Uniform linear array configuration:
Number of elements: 12
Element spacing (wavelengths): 0.75
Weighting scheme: hann
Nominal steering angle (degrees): -15
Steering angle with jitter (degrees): -14.414
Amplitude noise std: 0.05
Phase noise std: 0.05

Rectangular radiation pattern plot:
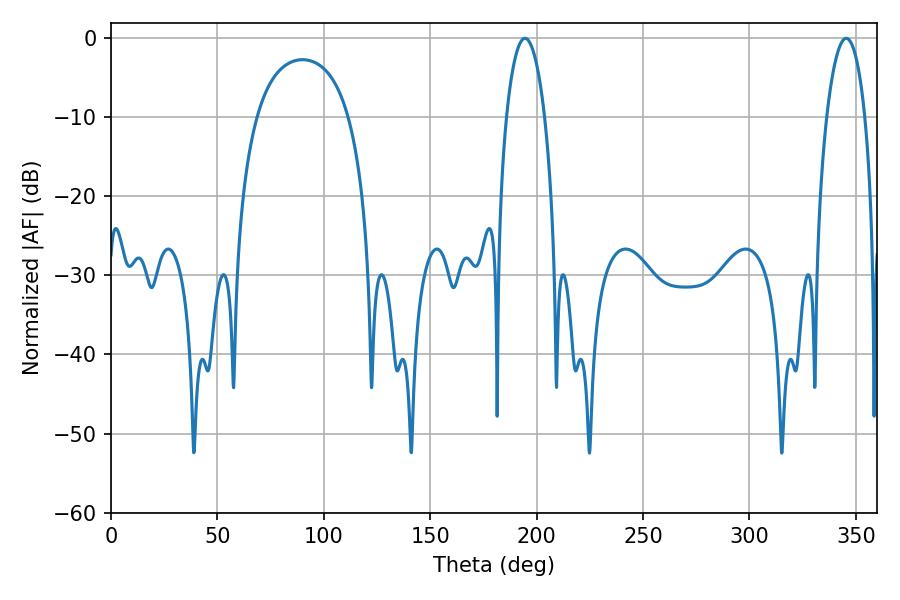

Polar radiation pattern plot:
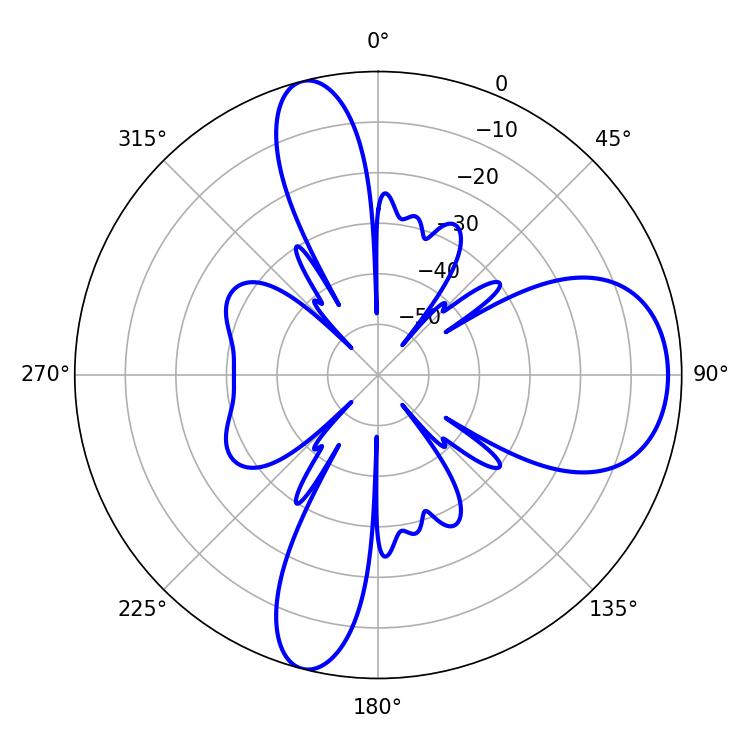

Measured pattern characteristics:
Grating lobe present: TRUE
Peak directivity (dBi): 10.349
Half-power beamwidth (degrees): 10.08
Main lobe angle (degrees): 194.58